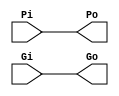
`timescale 1ns / 1ps
//////////////////////////////////////////////////////////////////////////////////
// Company: 
// Engineer: 
// 
// Design Name: 
// Module Name:    BUFFER 
// Project Name: 
// Target Devices: 
// Tool versions: 
// Description: 
//
// Dependencies: 
//
// Revision: 
// Revision 0.01 - File Created
// Additional Comments: 
//
//////////////////////////////////////////////////////////////////////////////////
module BUFFER(
	input Pi,
	input Gi,
	output Po,
	output Go
    );
	 
assign #0.1 Po = Pi;
assign #0.1 Go = Gi;

endmodule